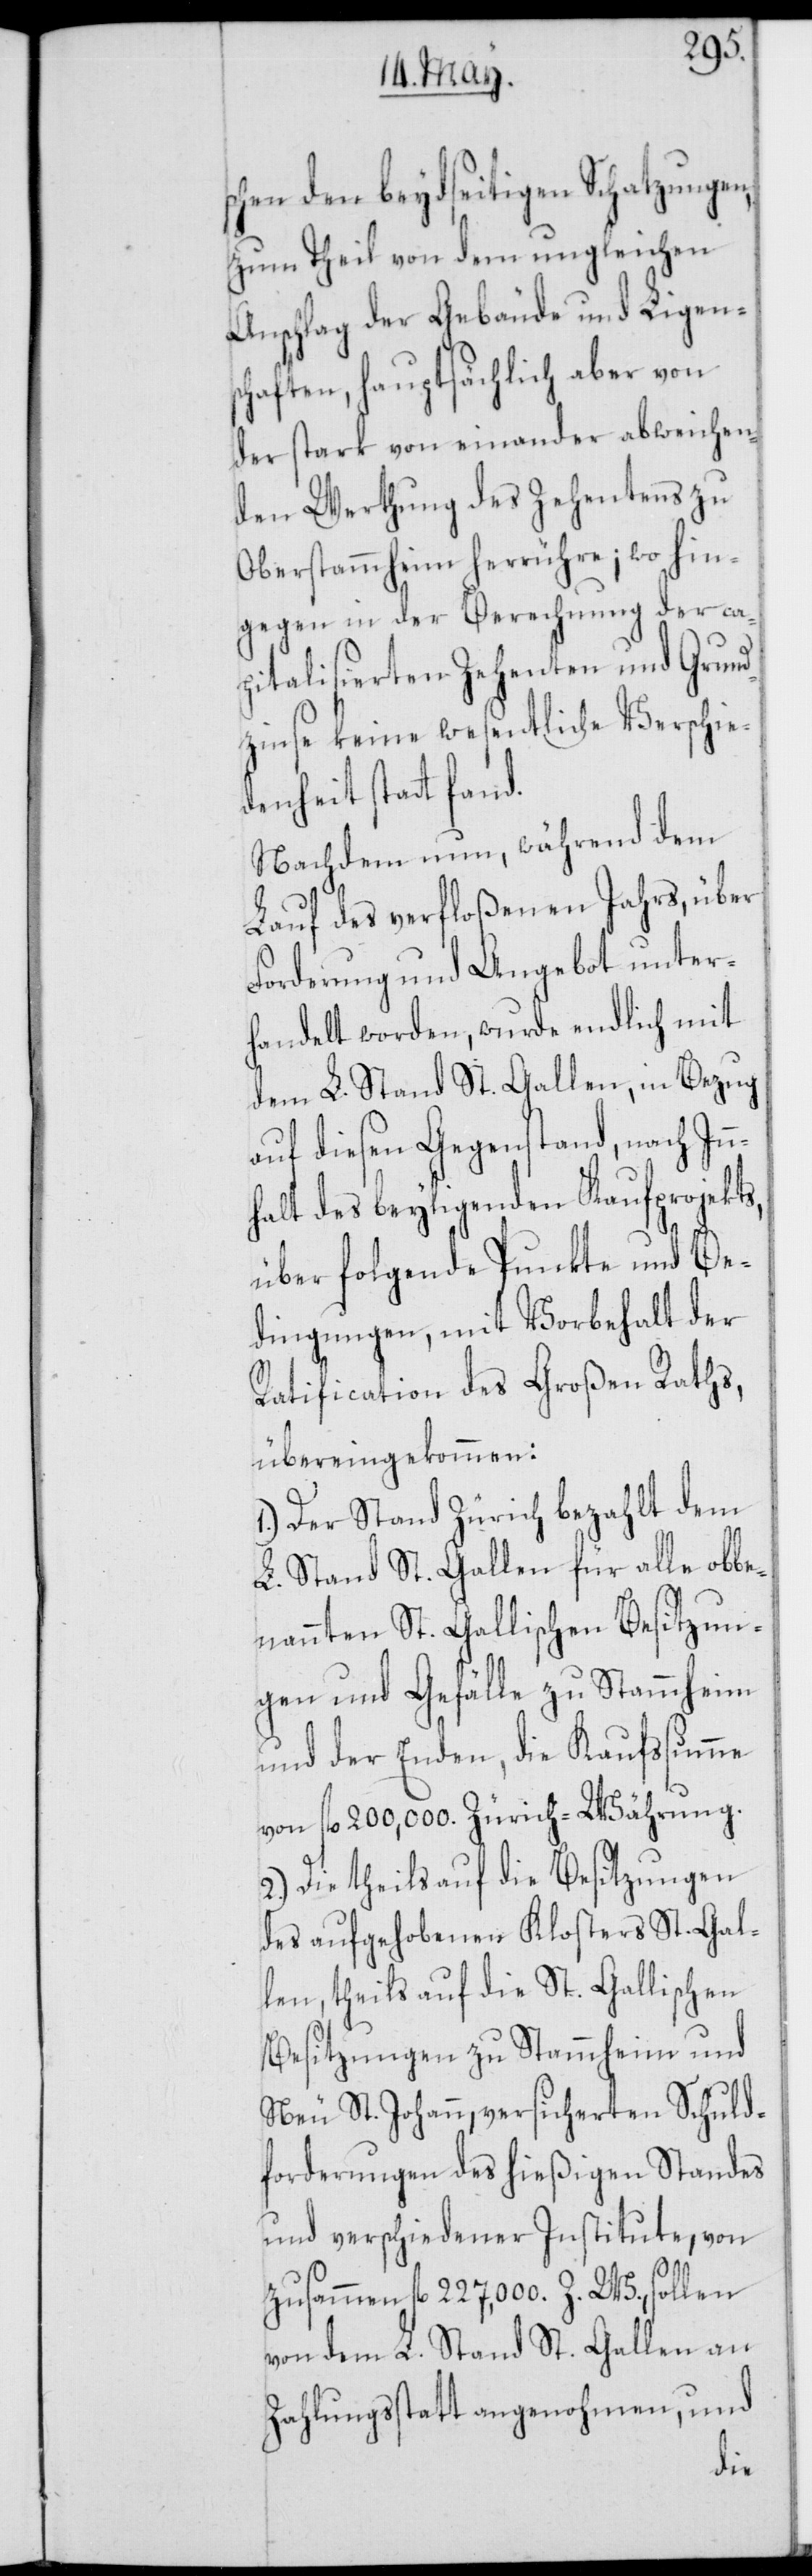
schen den beydseitigen Schatzungen,
zum Theil von dem ungleichen
Anschlag der Gebäude und Ligen¬
schaften, hauptsächlich aber von
der stark von einander abweichen¬
den Werthung des Zehentens zu
Oberstammheim herrühre; wo hin¬
gegen in der Berechnung der ca¬
pitalisierten Zehenten und Grund¬
zinse keine wesentliche Verschie¬
denheit statt fand.
Nachdem nun, während dem
Lauf des verfloßenen Jahrs, über
Forderung und Angebot unter¬
handelt worden, wurde endlich mit
dem L. Stand St. Gallen, in Bezug
auf diesen Gegenstand, nach Inn¬
halt des beyligenden Kaufprojekts,
über folgende Punkte und Be¬
dingungen, mit Vorbehalt der
Ratification des Großen Raths,
übereingekommen:
1.) Der Stand Zürich bezahlt dem
L. Stand St. Gallen für alle obbe¬
nannten St. Gallischen Besitzun¬
gen und Gefälle zu Stammheim
und der Enden, die Kaufsumme
von fl. 200,000. Zürich-Währung.
2.) Die theils auf die Besitzungen
des aufgehobenen Klosters St. Gal¬
len, theils auf die St. Gallischen
Besitzungen zu Stammheim und
Neu St. Johann, versicherten Schuld¬
forderungen des hießigen Standes
und verschiedener Institute, von
zusammen fl. 227,000. Z. W., sollen
von dem L. Stand St. Gallen an
Zahlungsstatt angenohmen, und